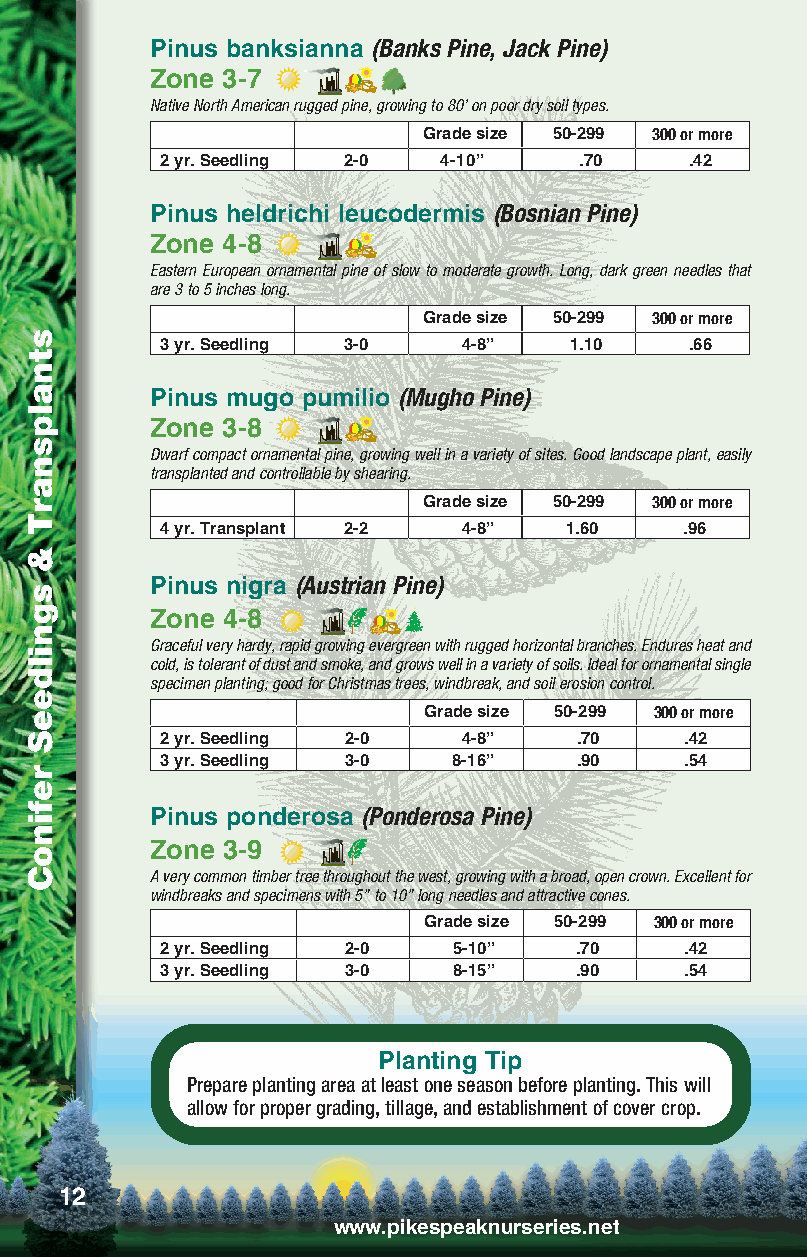
Pinus banksianna (Banks Pine, Jack Pine)
 Zone 3-7
 Native North American rugged pine, growing to 80’ on poor dry soil types.
 Grade size 50-299 300 or more
 2 yr. Seedling 2-0 4-10”   .70     .42
 Pinus heldrichi leucodermis (Bosnian Pine)
 Zone 4-8
 Eastern European ornamental pine of slow to moderate growth. Long, dark green needles that
 are 3 to 5 inches long.
 Grade size 50-299 300 or more
 3 yr. Seedling 3-0  4-8”   1.10    .66
 Pinus mugo pumilio (Mugho Pine)
 Zone 3-8
 Dwarf compact ornamental pine, growing well in a variety of sites. Good landscape plant, easily
 transplanted and controllable by shearing.
 Grade size 50-299 300 or more
 4 yr. Transplant 2-2 4-8” 1.60    .96
 Pinus nigra (Austrian Pine)
 Zone 4-8
 Graceful very hardy, rapid growing evergreen with rugged horizontal branches. Endures heat and
 cold, is tolerant of dust and smoke, and grows well in a variety of soils. Ideal for ornamental single
 specimen planting; good for Christmas trees, windbreak, and soil erosion control.
 Grade size 50-299 300 or more
 2 yr. Seedling 2-0  4-8”   .70    .42
 3 yr. Seedling 3-0 8-16”   .90    .54
 Pinus ponderosa (Ponderosa Pine)
 Zone 3-9
 A very common timber tree throughout the west, growing with a broad, open crown. Excellent for
 windbreaks and specimens with 5” to 10” long needles and attractive cones.
 Grade size 50-299 300 or more
 2 yr. Seedling 2-0 5-10”   .70    .42
 3 yr. Seedling 3-0 8-15”   .90    .54
 Planting Tip
 Prepare planting area at least one season before planting. This will
 allow for proper grading, tillage, and establishment of cover crop.
 12
 www.pikespeaknurseries.net
 stnalpsnarT
 &
 sgnildeeS
 refinoC